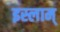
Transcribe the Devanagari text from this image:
इस्लाम्